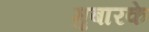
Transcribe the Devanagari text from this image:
मुबारके